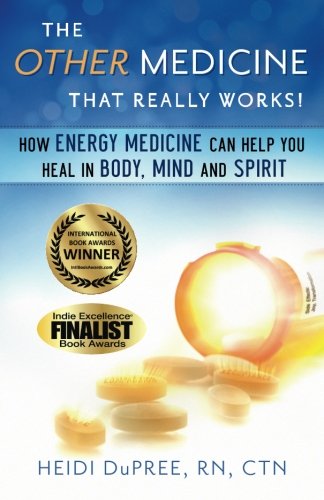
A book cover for The Other Medicine...That Really Works: How Energy Medicine Can Help You Heal In Body, Mind, and Spirit; Heidi DuPree RN CTN; Health, Fitness & Dieting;